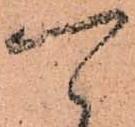
可